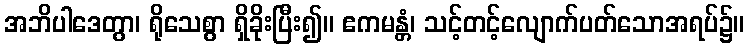
အဘိပါဒေတွာ၊ ရိုသေစွာ ရှိခိုးပြီး၍။ ဧကမန္တံ၊ သင့်တင့်လျောက်ပတ်သောအရပ်၌။